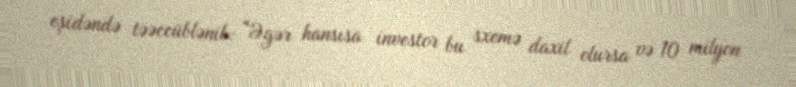
eşidəndə təəccüblənib: “Əgər hansısa investor bu sxemə daxil olursa və 10 milyon